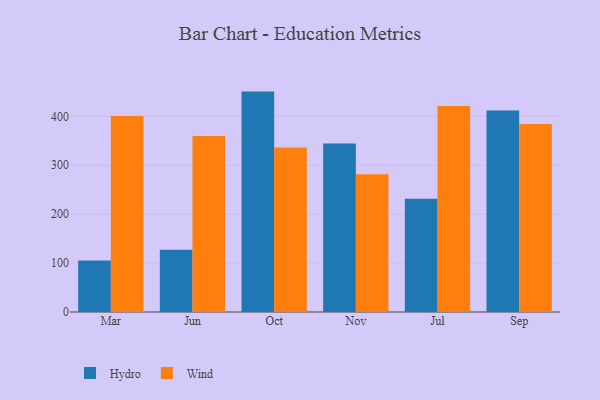
{"axis": {"x": "Month", "y": "Temperature (°C)"}, "legend": ["Hydro", "Wind"], "data": [{"x": "Mar", "y": 105.5, "type": "Hydro"}, {"x": "Mar", "y": 400.8, "type": "Wind"}, {"x": "Jun", "y": 127.3, "type": "Hydro"}, {"x": "Jun", "y": 359.9, "type": "Wind"}, {"x": "Oct", "y": 450.7, "type": "Hydro"}, {"x": "Oct", "y": 336.2, "type": "Wind"}, {"x": "Nov", "y": 344.6, "type": "Hydro"}, {"x": "Nov", "y": 281.7, "type": "Wind"}, {"x": "Jul", "y": 231.4, "type": "Hydro"}, {"x": "Jul", "y": 421.2, "type": "Wind"}, {"x": "Sep", "y": 412.3, "type": "Hydro"}, {"x": "Sep", "y": 384.6, "type": "Wind"}]}